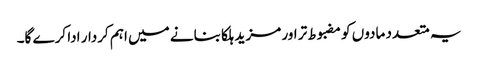
یہ متعدد مادوں کو مضبوط تر اور مزید ہلکا بنانے میں اہم کردار ادا کرے گا۔